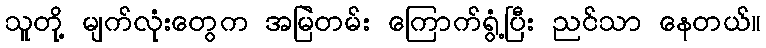
သူတို့ မျက်လုံးတွေက အမြဲတမ်း ကြောက်ရွံ့ပြီး ညင်သာ နေတယ်။